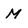
Character: M